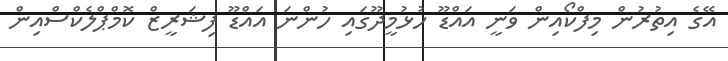
އޭގެ އިތުރުން މިފްކޯއިން ވަނީ އައްޑޫ ހުޅުމީދޫގައި ހުންނަ އައްޑޫ ފިޝަރީޒް ކޮމްޕްލެކްސްއިން